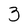
Character: 3